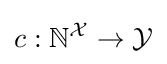
c:\mathbb {N} ^{\mathcal {X}}\rightarrow {\mathcal {Y}}